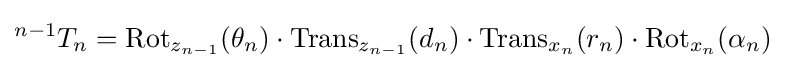
{}^{n-1}T_{n}=\operatorname {Rot} _{z_{n-1}}(\theta _{n})\cdot \operatorname {Trans} _{z_{n-1}}(d_{n})\cdot \operatorname {Trans} _{x_{n}}(r_{n})\cdot \operatorname {Rot} _{x_{n}}(\alpha _{n})